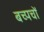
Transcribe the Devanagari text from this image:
बच्पचों